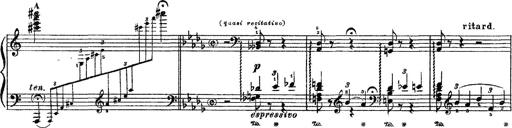
Title: 3 sonetti di Petrarca
Composer: Franz Liszt